Annual report on the lock hospitals of the Madras Presidency
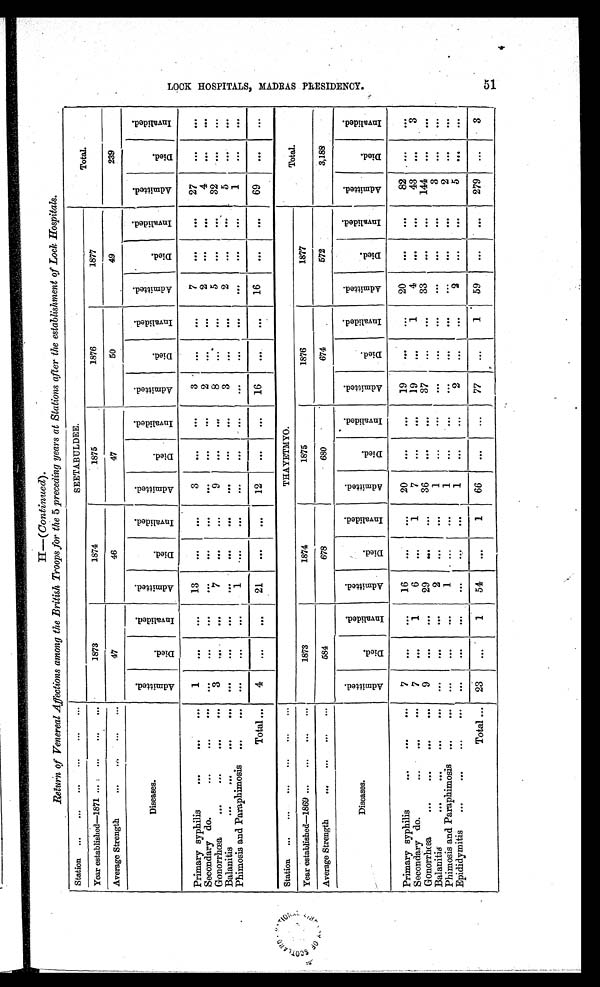
Station ...
... ... ... ...
...
SEETABULDEE.
Total.
Year established—1871 ... ...
... ...
1873
1874
1875
1876
1877
Average Strength
...
... ... ...
47
46
47
50
49
239
Diseases.
A d m i t t e d .
D i e d .
I n v l i d e d .
A d m i t t e d .
D i e d .
I n v l i d e d .
A d m i t t e d .
D i e d .
I n v a l i d e d .
A d m i t t e d .
D i e d .
I n v a l i d e d .
A d m i t t e d .
D i e d .
I n v a l i d e d .
A d m i t t e d .
D i e d .
I n v a l i d e d .
Primary syphilis
. . .
. . .
. . .
1
. . .
. . .
13
. . .
. . .
3
. . .
. . .
3
...
. . .
7
. . .
. . . 27
. . .
. . .
Secondary do.
. . .
. . .
. . . . . .
. . .
. . .
. . .
. . .
. . .
. . .
. . .
. . .
2
. . .
. . .
2
. . .
. . . 4
. . .
. . .
Gonorrhœa
. . .
. . .
. . . 3
. . .
. . .
7
. . .
. . .
9
. . .
. . .
8
. . .
. . .
5
. . .
. . . 32
. . .
. . .
Balanitis
. . .
. . .
. . .
. . .
. . .
. . .
. . .
...
. . .
. . .
. . .
. . .
. . .
3
. . .
. . .
2
. . .
. . .
5
. . .
. . .
Phimosis and Paraphimosis ...
. . . . . .
. . .
. . .
1
... . . .
. . .
. . .
. . .
. . .
...
. . .
. . .
. . .
. . . 1
. . .
. . .
Total ... 4
. . .
. . .
21
...
. . . 12
. . .
. . .
16
. . .
. . .
16
. . .
. . . 69
. . .
. . .
Station ... ... ... ... ... ...
THAYETMYO.
Total.
Year established—1869 ...
... ... ...
1873
1874
1875
1876
1877
Average Strength
... ... ... ...
584
678
680
674
572
3,188
Diseases.
A d m i t t e d .
D i e d .
I n v a l i d e d .
A d m i t t e d .
D i e d .
I n v a l i d e d .
A d m i t t e d .
D i e d .
I n v a l i d e d .
A d m i t t e d .
D i e d .
I n v a l i d e d .
A d m i t t e d .
D i e d .
I n v a l i d e d .
A d m i t t e d .
D i e d .
I n v a l i d e d .
Primary syphilis
. . .
. . .
. . . 7
. . .
. . .
16
. . .
. . .
20
. . .
. . .
19
. . .
. . .
20
. . .
. . .
82 ...
. . .
Secondary do.
...
. . .
. . .
7
. . .
1
6
. . .
1
7
. . .
. . .
19
. . .
1
4
. . .
. . .
43
. . .
3
Gonorrhœa
. . .
. . .
. . .
. . . 9
. . .
. . . 29
...
...
36
. . .
. . .
37
. . .
. . .
33
. . .
. . . 144
. . .
. . .
Balaniti s ... . . .
. . .
. . . ...
. . .
. . .
2
...
. . .
1
...
. . .
. . .
...
. . .
. . .
. . .
. . .
3
. . .
. . .
Phimosis and Paraphimosis ...
. . . . . .
. . .
. . .
1
...
. . .
1
...
. . .
...
. . .
. . .
. . .
. . .
. . .
2
. . .
. . .
Epididymitis
. . .
. . .
...
. . .
. . .
. . .
. . .
. . .
. . .
. . .
1
. . .
. . .
2
. . . ...
2
. . .
. . .
5
. . .
. . .
Total ... 23
. . .
1
54
. . .
1
66
. . .
. . .
77
. . .
1
59
. . .
. . . 279
. . .
3
N A T I O N A L L I B R A R Y O F S C O T L A N D .
L O C K H O S P I T A L S , M A D R A S P R E S I D E N C Y . 5 1
H— (Continued).
Return of Venereal Affections among the British Troops for the 5 preceding years at Stations after the establishment of Lock Hospitals.